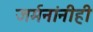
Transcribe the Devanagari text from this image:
जर्मनांनीही